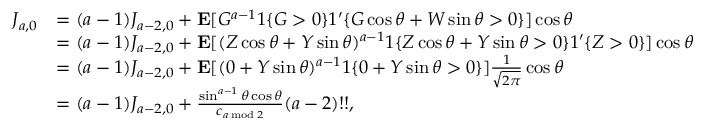
\begin{array} { r l } { J _ { a , 0 } } & { = ( a - 1 ) J _ { a - 2 , 0 } + \mathbf { E } [ G ^ { a - 1 } 1 \{ G > 0 \} 1 ^ { \prime } \{ G \cos \theta + W \sin \theta > 0 \} ] \cos \theta } \\ & { = ( a - 1 ) J _ { a - 2 , 0 } + \mathbf { E } [ ( Z \cos \theta + Y \sin \theta ) ^ { a - 1 } 1 \{ Z \cos \theta + Y \sin \theta > 0 \} 1 ^ { \prime } \{ Z > 0 \} ] \cos \theta } \\ & { = ( a - 1 ) J _ { a - 2 , 0 } + \mathbf { E } [ ( 0 + Y \sin \theta ) ^ { a - 1 } 1 \{ 0 + Y \sin \theta > 0 \} ] \frac { 1 } { \sqrt { 2 \pi } } \cos \theta } \\ & { = ( a - 1 ) J _ { a - 2 , 0 } + \frac { \sin ^ { a - 1 } \theta \cos \theta } { c _ { a \bmod 2 } } ( a - 2 ) ! ! , } \end{array}